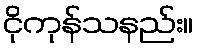
ငိုကုန်သနည်း။